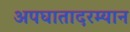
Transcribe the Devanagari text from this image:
अपघातादरम्यान